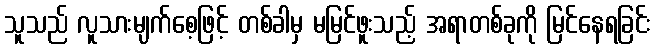
သူသည် လူသားမျက်စေ့ဖြင့် တစ်ခါမှ မမြင်ဖူးသည့် အရာတစ်ခုကို မြင်နေရခြင်း